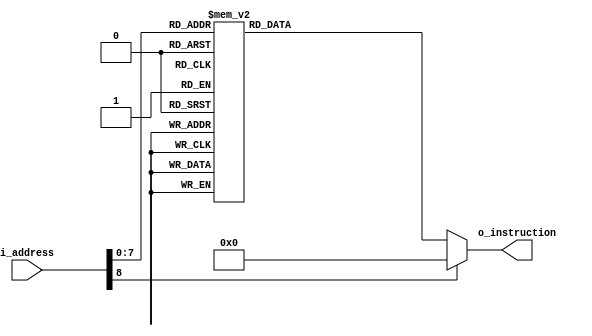
`timescale 1ns / 1ps
module InstructionMemory(i_address,
                         o_instruction);
    
    input [8:0] i_address;
    output reg [31:0] o_instruction;
    always @(*)
        case (i_address)
            9'd0:    o_instruction   <= 32'h20100000;
            9'd1:    o_instruction   <= 32'h20050000;
            9'd2:    o_instruction   <= 32'h20060001;
            9'd3:    o_instruction   <= 32'h2009000a;
            9'd4:    o_instruction   <= 32'h8ca80000;
            9'd5:    o_instruction   <= 32'h20a50004;
            9'd6:    o_instruction   <= 32'h22100001;
            9'd7:    o_instruction   <= 32'h11090001;
            9'd8:    o_instruction   <= 32'h08000004;
            9'd9:    o_instruction   <= 32'h20a50004;
            9'd10:    o_instruction  <= 32'h20b20000;
            9'd11:    o_instruction  <= 32'h20060001;
            9'd12:    o_instruction  <= 32'h20110000;
            9'd13:    o_instruction  <= 32'h8ca80000;
            9'd14:    o_instruction  <= 32'h20a50004;
            9'd15:    o_instruction  <= 32'h22310001;
            9'd16:    o_instruction  <= 32'h11090001;
            9'd17:    o_instruction  <= 32'h0800000d;
            9'd18:    o_instruction  <= 32'h22040000;
            9'd19:    o_instruction  <= 32'h20050000;
            9'd20:    o_instruction  <= 32'h22260000;
            9'd21:    o_instruction  <= 32'h00123820;
            9'd22:    o_instruction  <= 32'h0c000041;
            9'd23:    o_instruction  <= 32'h20500000;
            9'd24:    o_instruction  <= 32'h00108f00;
            9'd25:    o_instruction  <= 32'h00118f02;
            9'd26:    o_instruction  <= 32'h00109600;
            9'd27:    o_instruction  <= 32'h00129702;
            9'd28:    o_instruction  <= 32'h00109d00;
            9'd29:    o_instruction  <= 32'h00139f02;
            9'd30:    o_instruction  <= 32'h0010a400;
            9'd31:    o_instruction  <= 32'h0014a702;
            9'd32:    o_instruction  <= 32'h3c164000;
            9'd33:    o_instruction  <= 32'h22d60014;
            9'd34:    o_instruction  <= 32'h200d2710;
            9'd35:    o_instruction  <= 32'h200e4e20;
            9'd36:    o_instruction  <= 32'h200f7530;
            9'd37:    o_instruction  <= 32'h200c0100;
            9'd38:    o_instruction  <= 32'h22240000;
            9'd39:    o_instruction  <= 32'h0c0000a0;
            9'd40:    o_instruction  <= 32'h8ed70000;
            9'd41:    o_instruction  <= 32'h02ed5822;
            9'd42:    o_instruction  <= 32'h1d600001;
            9'd43:    o_instruction  <= 32'h08000025;
            9'd44:    o_instruction  <= 32'h200c0200;
            9'd45:    o_instruction  <= 32'h22440000;
            9'd46:    o_instruction  <= 32'h0c0000a0;
            9'd47:    o_instruction  <= 32'h8ed70000;
            9'd48:    o_instruction  <= 32'h02ee5822;
            9'd49:    o_instruction  <= 32'h1d600001;
            9'd50:    o_instruction  <= 32'h0800002c;
            9'd51:    o_instruction  <= 32'h200c0400;
            9'd52:    o_instruction  <= 32'h22640000;
            9'd53:    o_instruction  <= 32'h0c0000a0;
            9'd54:    o_instruction  <= 32'h8ed70000;
            9'd55:    o_instruction  <= 32'h02ef5822;
            9'd56:    o_instruction  <= 32'h1d600001;
            9'd57:    o_instruction  <= 32'h08000033;
            9'd58:    o_instruction  <= 32'h200c0800;
            9'd59:    o_instruction  <= 32'h22840000;
            9'd60:    o_instruction  <= 32'h0c0000a0;
            9'd61:    o_instruction  <= 32'h8ed70000;
            9'd62:    o_instruction  <= 32'h02ed5822;
            9'd63:    o_instruction  <= 32'h0560ffe5;
            9'd64:    o_instruction  <= 32'h0800003a;
            9'd65:    o_instruction  <= 32'h23bdfffc;
            9'd66:    o_instruction  <= 32'hafbf0000;
            9'd67:    o_instruction  <= 32'h20940000;
            9'd68:    o_instruction  <= 32'h20d50000;
            9'd69:    o_instruction  <= 32'h20b60000;
            9'd70:    o_instruction  <= 32'h20f70000;
            9'd71:    o_instruction  <= 32'h20100300;
            9'd72:    o_instruction  <= 32'h22040000;
            9'd73:    o_instruction  <= 32'h20c50000;
            9'd74:    o_instruction  <= 32'h20e60000;
            9'd75:    o_instruction  <= 32'h0c000070;
            9'd76:    o_instruction  <= 32'h20100000;
            9'd77:    o_instruction  <= 32'h20110000;
            9'd78:    o_instruction  <= 32'h20120000;
            9'd79:    o_instruction  <= 32'h1214001c;
            9'd80:    o_instruction  <= 32'h00104080;
            9'd81:    o_instruction  <= 32'h00114880;
            9'd82:    o_instruction  <= 32'h02e96020;
            9'd83:    o_instruction  <= 32'h02c86820;
            9'd84:    o_instruction  <= 32'h8d8e0000;
            9'd85:    o_instruction  <= 32'h8daf0000;
            9'd86:    o_instruction  <= 32'h15cf000c;
            9'd87:    o_instruction  <= 32'h22abffff;
            9'd88:    o_instruction  <= 32'h162b0007;
            9'd89:    o_instruction  <= 32'h22520001;
            9'd90:    o_instruction  <= 32'h22b8ffff;
            9'd91:    o_instruction  <= 32'h0018c080;
            9'd92:    o_instruction  <= 32'h0313c020;
            9'd93:    o_instruction  <= 32'h8f110000;
            9'd94:    o_instruction  <= 32'h22100001;
            9'd95:    o_instruction  <= 32'h0800006b;
            9'd96:    o_instruction  <= 32'h22310001;
            9'd97:    o_instruction  <= 32'h22100001;
            9'd98:    o_instruction  <= 32'h0800006b;
            9'd99:    o_instruction  <= 32'h0011c82a;
            9'd100:    o_instruction <= 32'h13200005;
            9'd101:    o_instruction <= 32'h2238ffff;
            9'd102:    o_instruction <= 32'h0018c080;
            9'd103:    o_instruction <= 32'h0313c020;
            9'd104:    o_instruction <= 32'h8f110000;
            9'd105:    o_instruction <= 32'h0800006b;
            9'd106:    o_instruction <= 32'h22100001;
            9'd107:    o_instruction <= 32'h0800004f;
            9'd108:    o_instruction <= 32'h8fbf0000;
            9'd109:    o_instruction <= 32'h22420000;
            9'd110:    o_instruction <= 32'h23bd0004;
            9'd111:    o_instruction <= 32'h03e00008;
            9'd112:    o_instruction <= 32'h23bdfff4;
            9'd113:    o_instruction <= 32'hafb00008;
            9'd114:    o_instruction <= 32'hafb10004;
            9'd115:    o_instruction <= 32'hafb20000;
            9'd116:    o_instruction <= 32'h20110001;
            9'd117:    o_instruction <= 32'h20120000;
            9'd118:    o_instruction <= 32'h10a0001d;
            9'd119:    o_instruction <= 32'h20d00000;
            9'd120:    o_instruction <= 32'h20930000;
            9'd121:    o_instruction <= 32'hae600000;
            9'd122:    o_instruction <= 32'h1225001f;
            9'd123:    o_instruction <= 32'h00115080;
            9'd124:    o_instruction <= 32'h00124080;
            9'd125:    o_instruction <= 32'h020a6020;
            9'd126:    o_instruction <= 32'h02086820;
            9'd127:    o_instruction <= 32'h8d8c0000;
            9'd128:    o_instruction <= 32'h8dad0000;
            9'd129:    o_instruction <= 32'h158d0006;
            9'd130:    o_instruction <= 32'h22480001;
            9'd131:    o_instruction <= 32'h026a7820;
            9'd132:    o_instruction <= 32'hade80000;
            9'd133:    o_instruction <= 32'h22520001;
            9'd134:    o_instruction <= 32'h22310001;
            9'd135:    o_instruction <= 32'h08000093;
            9'd136:    o_instruction <= 32'h0012702a;
            9'd137:    o_instruction <= 32'h11c00005;
            9'd138:    o_instruction <= 32'h224fffff;
            9'd139:    o_instruction <= 32'h000f5080;
            9'd140:    o_instruction <= 32'h026a7820;
            9'd141:    o_instruction <= 32'h8df20000;
            9'd142:    o_instruction <= 32'h08000093;
            9'd143:    o_instruction <= 32'h00115080;
            9'd144:    o_instruction <= 32'h026a7820;
            9'd145:    o_instruction <= 32'hade00000;
            9'd146:    o_instruction <= 32'h22310001;
            9'd147:    o_instruction <= 32'h0800007a;
            9'd148:    o_instruction <= 32'h20020001;
            9'd149:    o_instruction <= 32'h8fb00008;
            9'd150:    o_instruction <= 32'h8fb10004;
            9'd151:    o_instruction <= 32'h8fb20000;
            9'd152:    o_instruction <= 32'h23bd000c;
            9'd153:    o_instruction <= 32'h03e00008;
            9'd154:    o_instruction <= 32'h20020000;
            9'd155:    o_instruction <= 32'h8fb00008;
            9'd156:    o_instruction <= 32'h8fb10004;
            9'd157:    o_instruction <= 32'h8fb20000;
            9'd158:    o_instruction <= 32'h23bd000c;
            9'd159:    o_instruction <= 32'h03e00008;
            9'd160:    o_instruction <= 32'h20080000;
            9'd161:    o_instruction <= 32'h1088001e;
            9'd162:    o_instruction <= 32'h20080001;
            9'd163:    o_instruction <= 32'h1088001e;
            9'd164:    o_instruction <= 32'h20080002;
            9'd165:    o_instruction <= 32'h1088001e;
            9'd166:    o_instruction <= 32'h20080003;
            9'd167:    o_instruction <= 32'h1088001e;
            9'd168:    o_instruction <= 32'h20080004;
            9'd169:    o_instruction <= 32'h1088001e;
            9'd170:    o_instruction <= 32'h20080005;
            9'd171:    o_instruction <= 32'h1088001e;
            9'd172:    o_instruction <= 32'h20080006;
            9'd173:    o_instruction <= 32'h1088001e;
            9'd174:    o_instruction <= 32'h20080007;
            9'd175:    o_instruction <= 32'h1088001e;
            9'd176:    o_instruction <= 32'h20080008;
            9'd177:    o_instruction <= 32'h1088001e;
            9'd178:    o_instruction <= 32'h20080009;
            9'd179:    o_instruction <= 32'h1088001e;
            9'd180:    o_instruction <= 32'h2008000a;
            9'd181:    o_instruction <= 32'h1088001e;
            9'd182:    o_instruction <= 32'h2008000b;
            9'd183:    o_instruction <= 32'h1088001e;
            9'd184:    o_instruction <= 32'h2008000c;
            9'd185:    o_instruction <= 32'h1088001e;
            9'd186:    o_instruction <= 32'h2008000d;
            9'd187:    o_instruction <= 32'h1088001e;
            9'd188:    o_instruction <= 32'h2008000e;
            9'd189:    o_instruction <= 32'h1088001e;
            9'd190:    o_instruction <= 32'h2008000f;
            9'd191:    o_instruction <= 32'h1088001e;
            9'd192:    o_instruction <= 32'h2009003f;
            9'd193:    o_instruction <= 32'h080000e0;
            9'd194:    o_instruction <= 32'h20090006;
            9'd195:    o_instruction <= 32'h080000e0;
            9'd196:    o_instruction <= 32'h2009005b;
            9'd197:    o_instruction <= 32'h080000e0;
            9'd198:    o_instruction <= 32'h2009004f;
            9'd199:    o_instruction <= 32'h080000e0;
            9'd200:    o_instruction <= 32'h20090066;
            9'd201:    o_instruction <= 32'h080000e0;
            9'd202:    o_instruction <= 32'h2009006d;
            9'd203:    o_instruction <= 32'h080000e0;
            9'd204:    o_instruction <= 32'h2009007d;
            9'd205:    o_instruction <= 32'h080000e0;
            9'd206:    o_instruction <= 32'h20090007;
            9'd207:    o_instruction <= 32'h080000e0;
            9'd208:    o_instruction <= 32'h2009007f;
            9'd209:    o_instruction <= 32'h080000e0;
            9'd210:    o_instruction <= 32'h2009006f;
            9'd211:    o_instruction <= 32'h080000e0;
            9'd212:    o_instruction <= 32'h20090077;
            9'd213:    o_instruction <= 32'h080000e0;
            9'd214:    o_instruction <= 32'h2009007c;
            9'd215:    o_instruction <= 32'h080000e0;
            9'd216:    o_instruction <= 32'h20090039;
            9'd217:    o_instruction <= 32'h080000e0;
            9'd218:    o_instruction <= 32'h2009005e;
            9'd219:    o_instruction <= 32'h080000e0;
            9'd220:    o_instruction <= 32'h20090079;
            9'd221:    o_instruction <= 32'h080000e0;
            9'd222:    o_instruction <= 32'h20090071;
            9'd223:    o_instruction <= 32'h080000e0;
            9'd224:    o_instruction <= 32'h3c154000;
            9'd225:    o_instruction <= 32'h22b50010;
            9'd226:    o_instruction <= 32'h012c4820;
            9'd227:    o_instruction <= 32'haea90000;
            9'd228:    o_instruction <= 32'h03e00008;
            default: o_instruction   <= 32'h00000000;
        endcase
endmodule